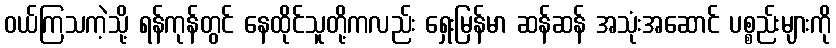
ဝယ်ကြသကဲ့သို့ ရန်ကုန်တွင် နေထိုင်သူတို့ကလည်း ရှေးမြန်မာ ဆန်ဆန် အသုံးအဆောင် ပစ္စည်းများကို